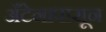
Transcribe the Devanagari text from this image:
अँटेनापासून